Notes on vaccination in the North-West Frontier Province 1923-1928 - 1923-1928
Year: 1923
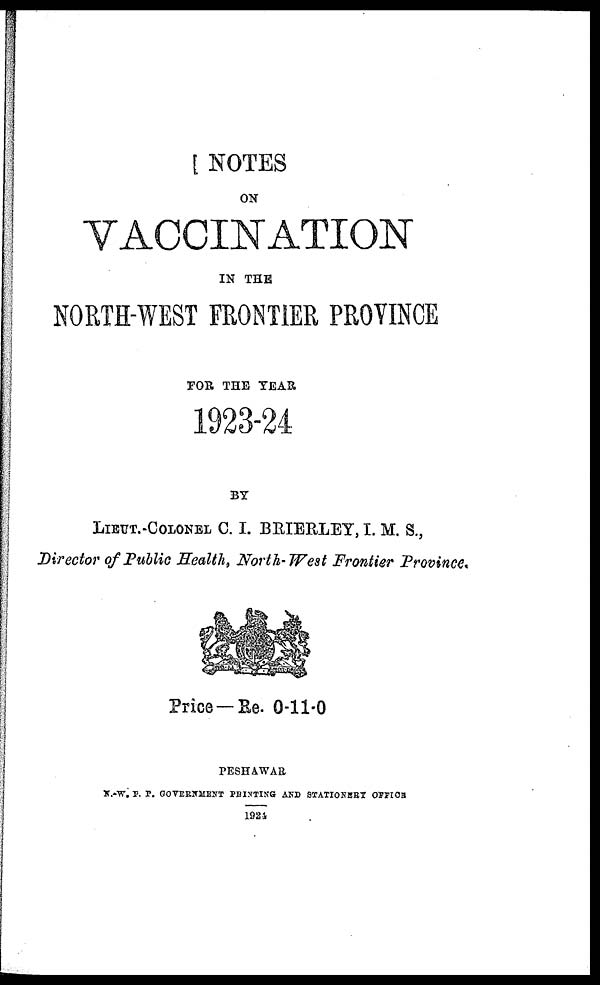
NOTES
ON
VACCINATION
IN THE
NORTH-WEST FRONTIER PROVINCE
FOR THE YEAR
1923-24
BY
LIEUT.-COLONEL C. I. BRIERLEY, I. M. S.,
Director of Public Health, North-West Frontier Province.
Price —Re. 0-11-0
PESHAWAR
N.-W. P. T. GOVERNMENT PRINTING AND STATIONERY OFFICE
1924